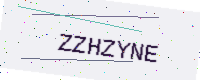
Text: ZZHZYNE